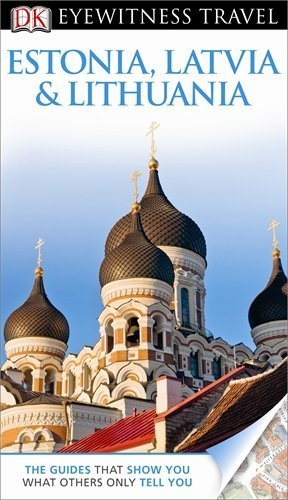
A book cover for DK Eyewitness Travel Guide: Estonia, Latvia & Lithuania by Howard Jarvis, Tim Ochser, John Oates (2013) Paperback; Travel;